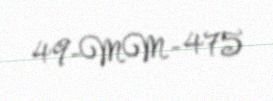
49-MM-475